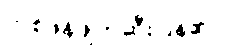
တစ်ဖန်ဖျက်ဆီးပြန်၏။